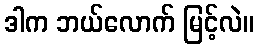
ဒါက ဘယ်လောက် မြင့်လဲ။